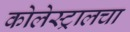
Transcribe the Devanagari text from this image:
कोलेस्ट्रालचा